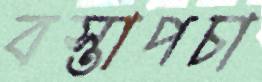
বস্তাপচা